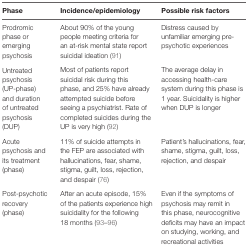
<table><thead><tr><td><b>Phase</b></td><td><b>Incidence/epidemiology</b></td><td><b>Possible risk factors</b></td></tr></thead><tbody><tr><td>Prodromic phase or emerging psychosis</td><td>About 90% of the young people meeting criteria for an at-risk mental state report suicidal ideation (91)</td><td>Distress caused by unfamiliar emerging pre-psychotic experiences</td></tr><tr><td>Untreated psychosis (UP-phase) and duration of untreated psychosis (DUP)</td><td>Most of patients report suicidal risk during this phase, and 25% have already attempted suicide before seeing a psychiatrist. Rate of completed suicides during the UP is very high (92)</td><td>The average delay in accessing health-care system during this phase is 1 year. Suicidality is higher when DUP is longer</td></tr><tr><td>Acute psychosis and its treatment (phase)</td><td>11% of suicide attempts in the FEP are associated with hallucinations, fear, shame, stigma, guilt, loss, rejection, and despair (76)</td><td>Patient’s hallucinations, fear, shame, stigma, guilt, loss, rejection, and despair</td></tr><tr><td>Post-psychotic recovery (phase)</td><td>After an acute episode, 15% of the patients experience high suicidality for the following 18 months (93–96)</td><td>Even if the symptoms of psychosis may remit in this phase, neurocognitive deficits may have an impact on studying, working, and recreational activities</td></tr></tbody></table>